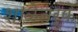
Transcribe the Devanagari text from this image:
शाळेतर्फे